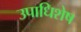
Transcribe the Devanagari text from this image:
उपाधिशेष